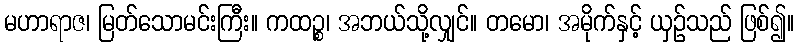
မဟာရာဇ၊ မြတ်သောမင်းကြီး။ ကထဉ္စ၊ အဘယ်သို့လျှင်။ တမော၊ အမိုက်နှင့် ယှဉ်သည် ဖြစ်၍။